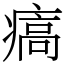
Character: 㾸